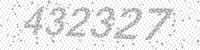
Solution: 432327